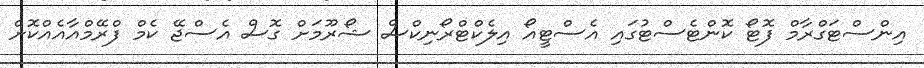
އިންސްޓަގްރާމް ފޮޓޯ ކޮންޓެސްޓުގައި އެސްޓީއޯ އިލެކްޓްރޯނިކްސް ޝޯރޫމަށް ގޮސް އެސްޖޭ ކެމް ފްރޭމްއާއެއްކޮށް